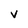
Character: v